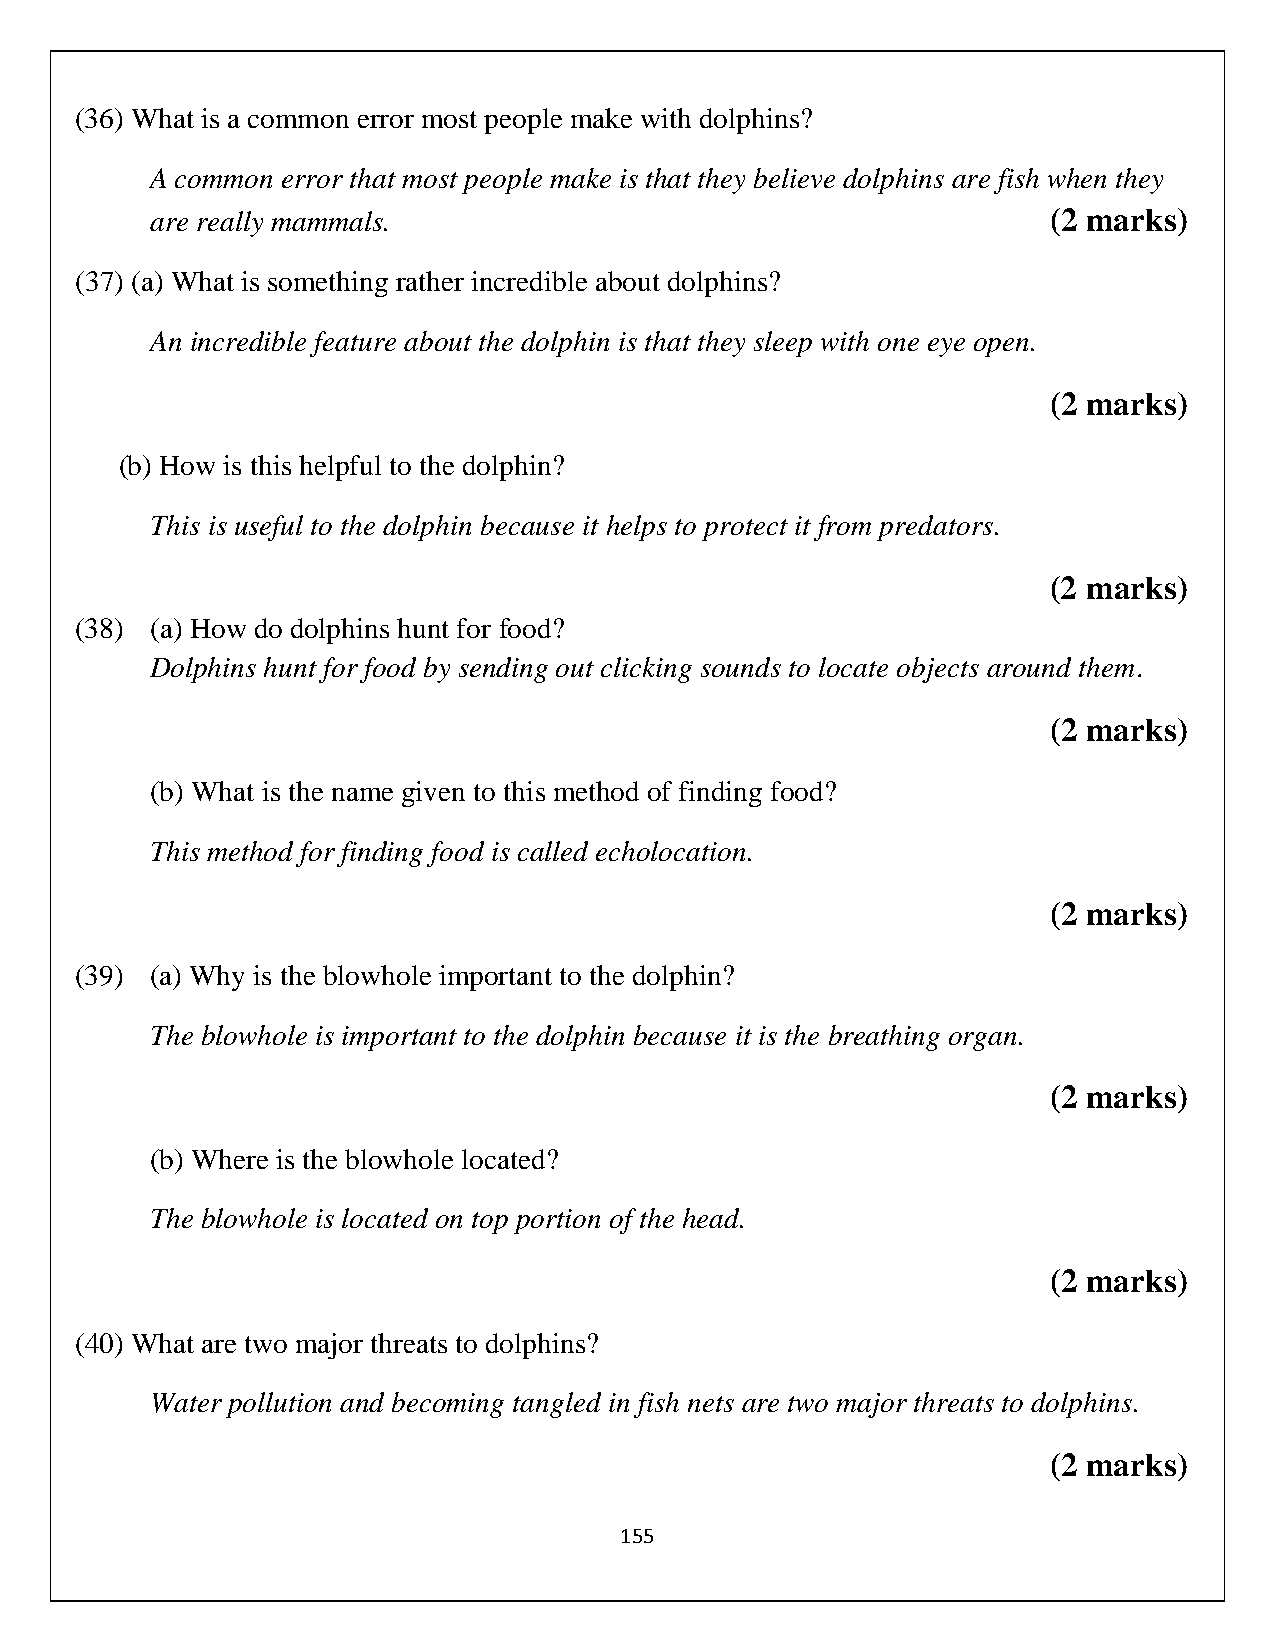
(36) What is a common error most people make with dolphins?
 A common error that most people make is that they believe dolphins are fish when they
 are really mammals.                                         (2 marks)
 (37) (a) What is something rather incredible about dolphins?
 An incredible feature about the dolphin is that they sleep with one eye open.
 (2 marks)
 (b) How is this helpful to the dolphin?
 This is useful to the dolphin because it helps to protect it from predators.
 (2 marks)
 (38) (a) How do dolphins hunt for food?
 Dolphins hunt for food by sending out clicking sounds to locate objects around them.
 (2 marks)
 (b) What is the name given to this method of finding food?
 This method for finding food is called echolocation.
 (2 marks)
 (39) (a) Why is the blowhole important to the dolphin?
 The blowhole is important to the dolphin because it is the breathing organ.
 (2 marks)
 (b) Where is the blowhole located?
 The blowhole is located on top portion of the head.
 (2 marks)
 (40) What are two major threats to dolphins?
 Water pollution and becoming tangled in fish nets are two major threats to dolphins.
 (2 marks)
 155